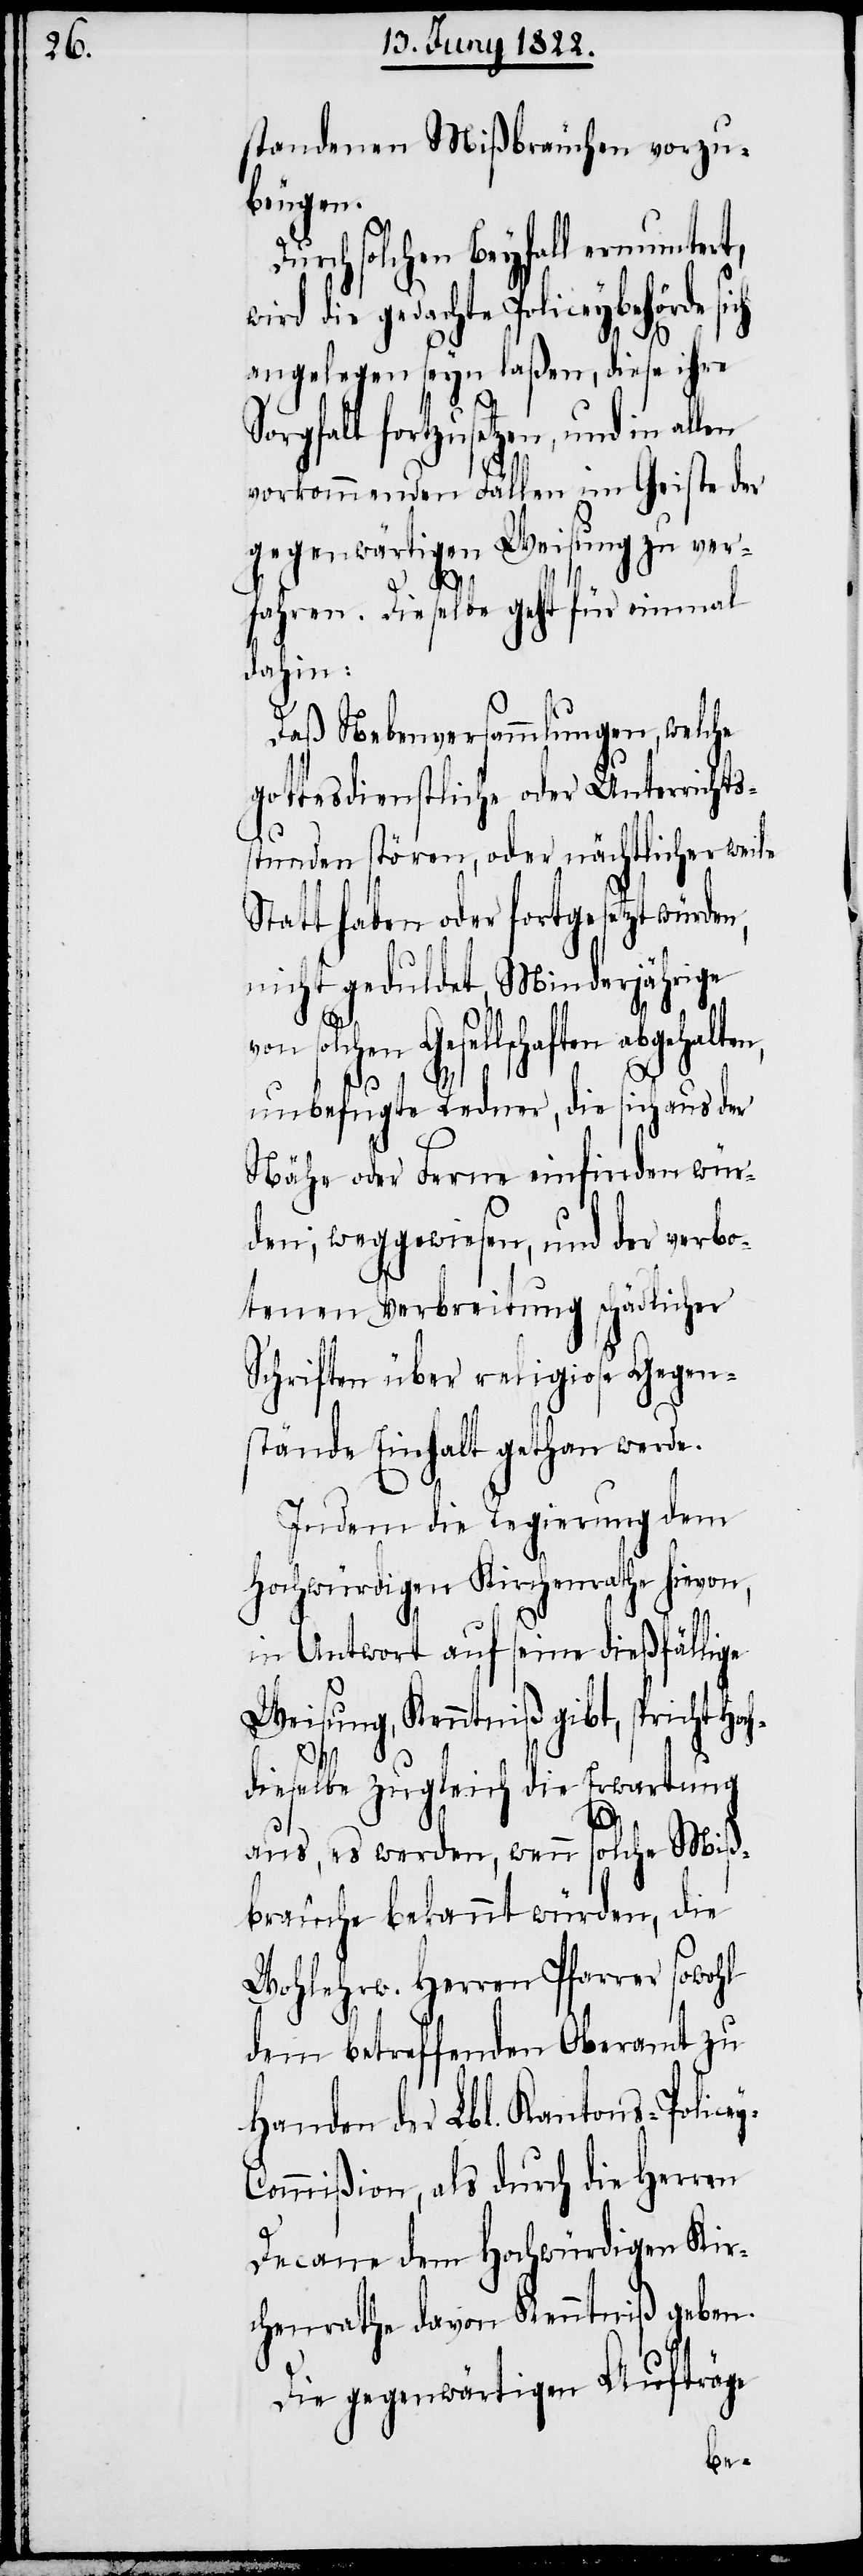
standenen Mißbräuchen vorzu¬
beugen.
Durch solchen Beyfall ermunteret,
die gedachte Policeybehörde
angelegen seyn laßen, diese ihre
rgfalt fortzusetzen, und in
vorkommenden Fällen im Geiste der
gegenwärtigen Weisung zu ver¬
fahren. Dieselbe geht für einmal
dahin:
Daß Nebenversammlungen, welche
gottesdienstliche oder Unterrichts¬
stunden stören, oder nächtlicher weile
Statt haben oder fortgesetzt würde¬
nicht geduldet, Minderjährige
von solchen Gesellschaften abgehalten,
y-C¬
unbefugte Redner, die sich aus der
Nähe oder Ferne einfinden wür¬
den; weggewiesen, und der verbo¬
tenen Verbreitung schädlicher
Schriften über religiose Gegen¬
stände Einhalt gethan werde.
Indem die Regierung dem
Hochwürdigen Kirchenrathe hievon,
in Antwort auf seine dießfällige
Weisung, Kenntniß gibt, spricht Hoc¬
hdieselbe zugleich die Erwartung
n,
aus, es werden, wenn solche Miß¬
bräuche bekannt würden, die
Wohlehrw. Herren Pfarrer sowohl
dem betreffenden Oberamt zu
Handen der Lbl. Kantons-Police¬
ommißion, als durch die Herren
Decane dem Hochehrwürdigen Kir¬
chenrathe davon Kenntniß geben.
Die gegenwärtigen Aufträge